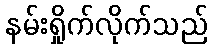
နမ်းရှိုက်လိုက်သည်